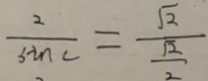
\frac { 2 } { \sin C } = \frac { \sqrt { 2 } } { \frac { \sqrt { 2 } } { 2 } }